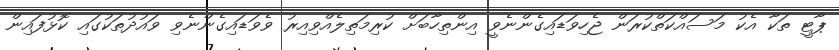
ޕާޓީ ތަކާ އެކު މަސައްކަތްކުރަން ޖެހިވަޑައިގެންނެވީ އިންތިހާބަށް ކުރިމަތިލެއްވިއިރު ވެވަޑައިގެންނެވި ވައުދުތަކުގައި ކޮޅުފައިން